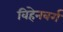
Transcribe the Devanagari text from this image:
विहेनबर्ग